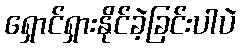
ရှောင်ရှားနိုင်ခဲ့ခြင်းပါပဲ